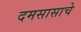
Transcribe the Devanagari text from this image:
दमसासाचे